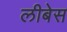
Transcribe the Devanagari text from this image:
लीबेस